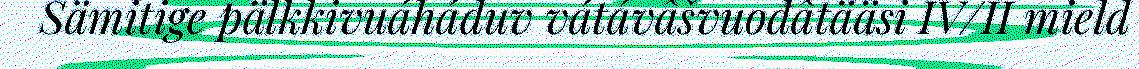
Sämitige pälkkivuáháduv vátávâšvuođâtääsi IV/II mield